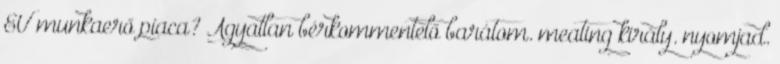
EU munkaerő piaca? Agyatlan bérkommentelő barátom. meating király. nyomjad.